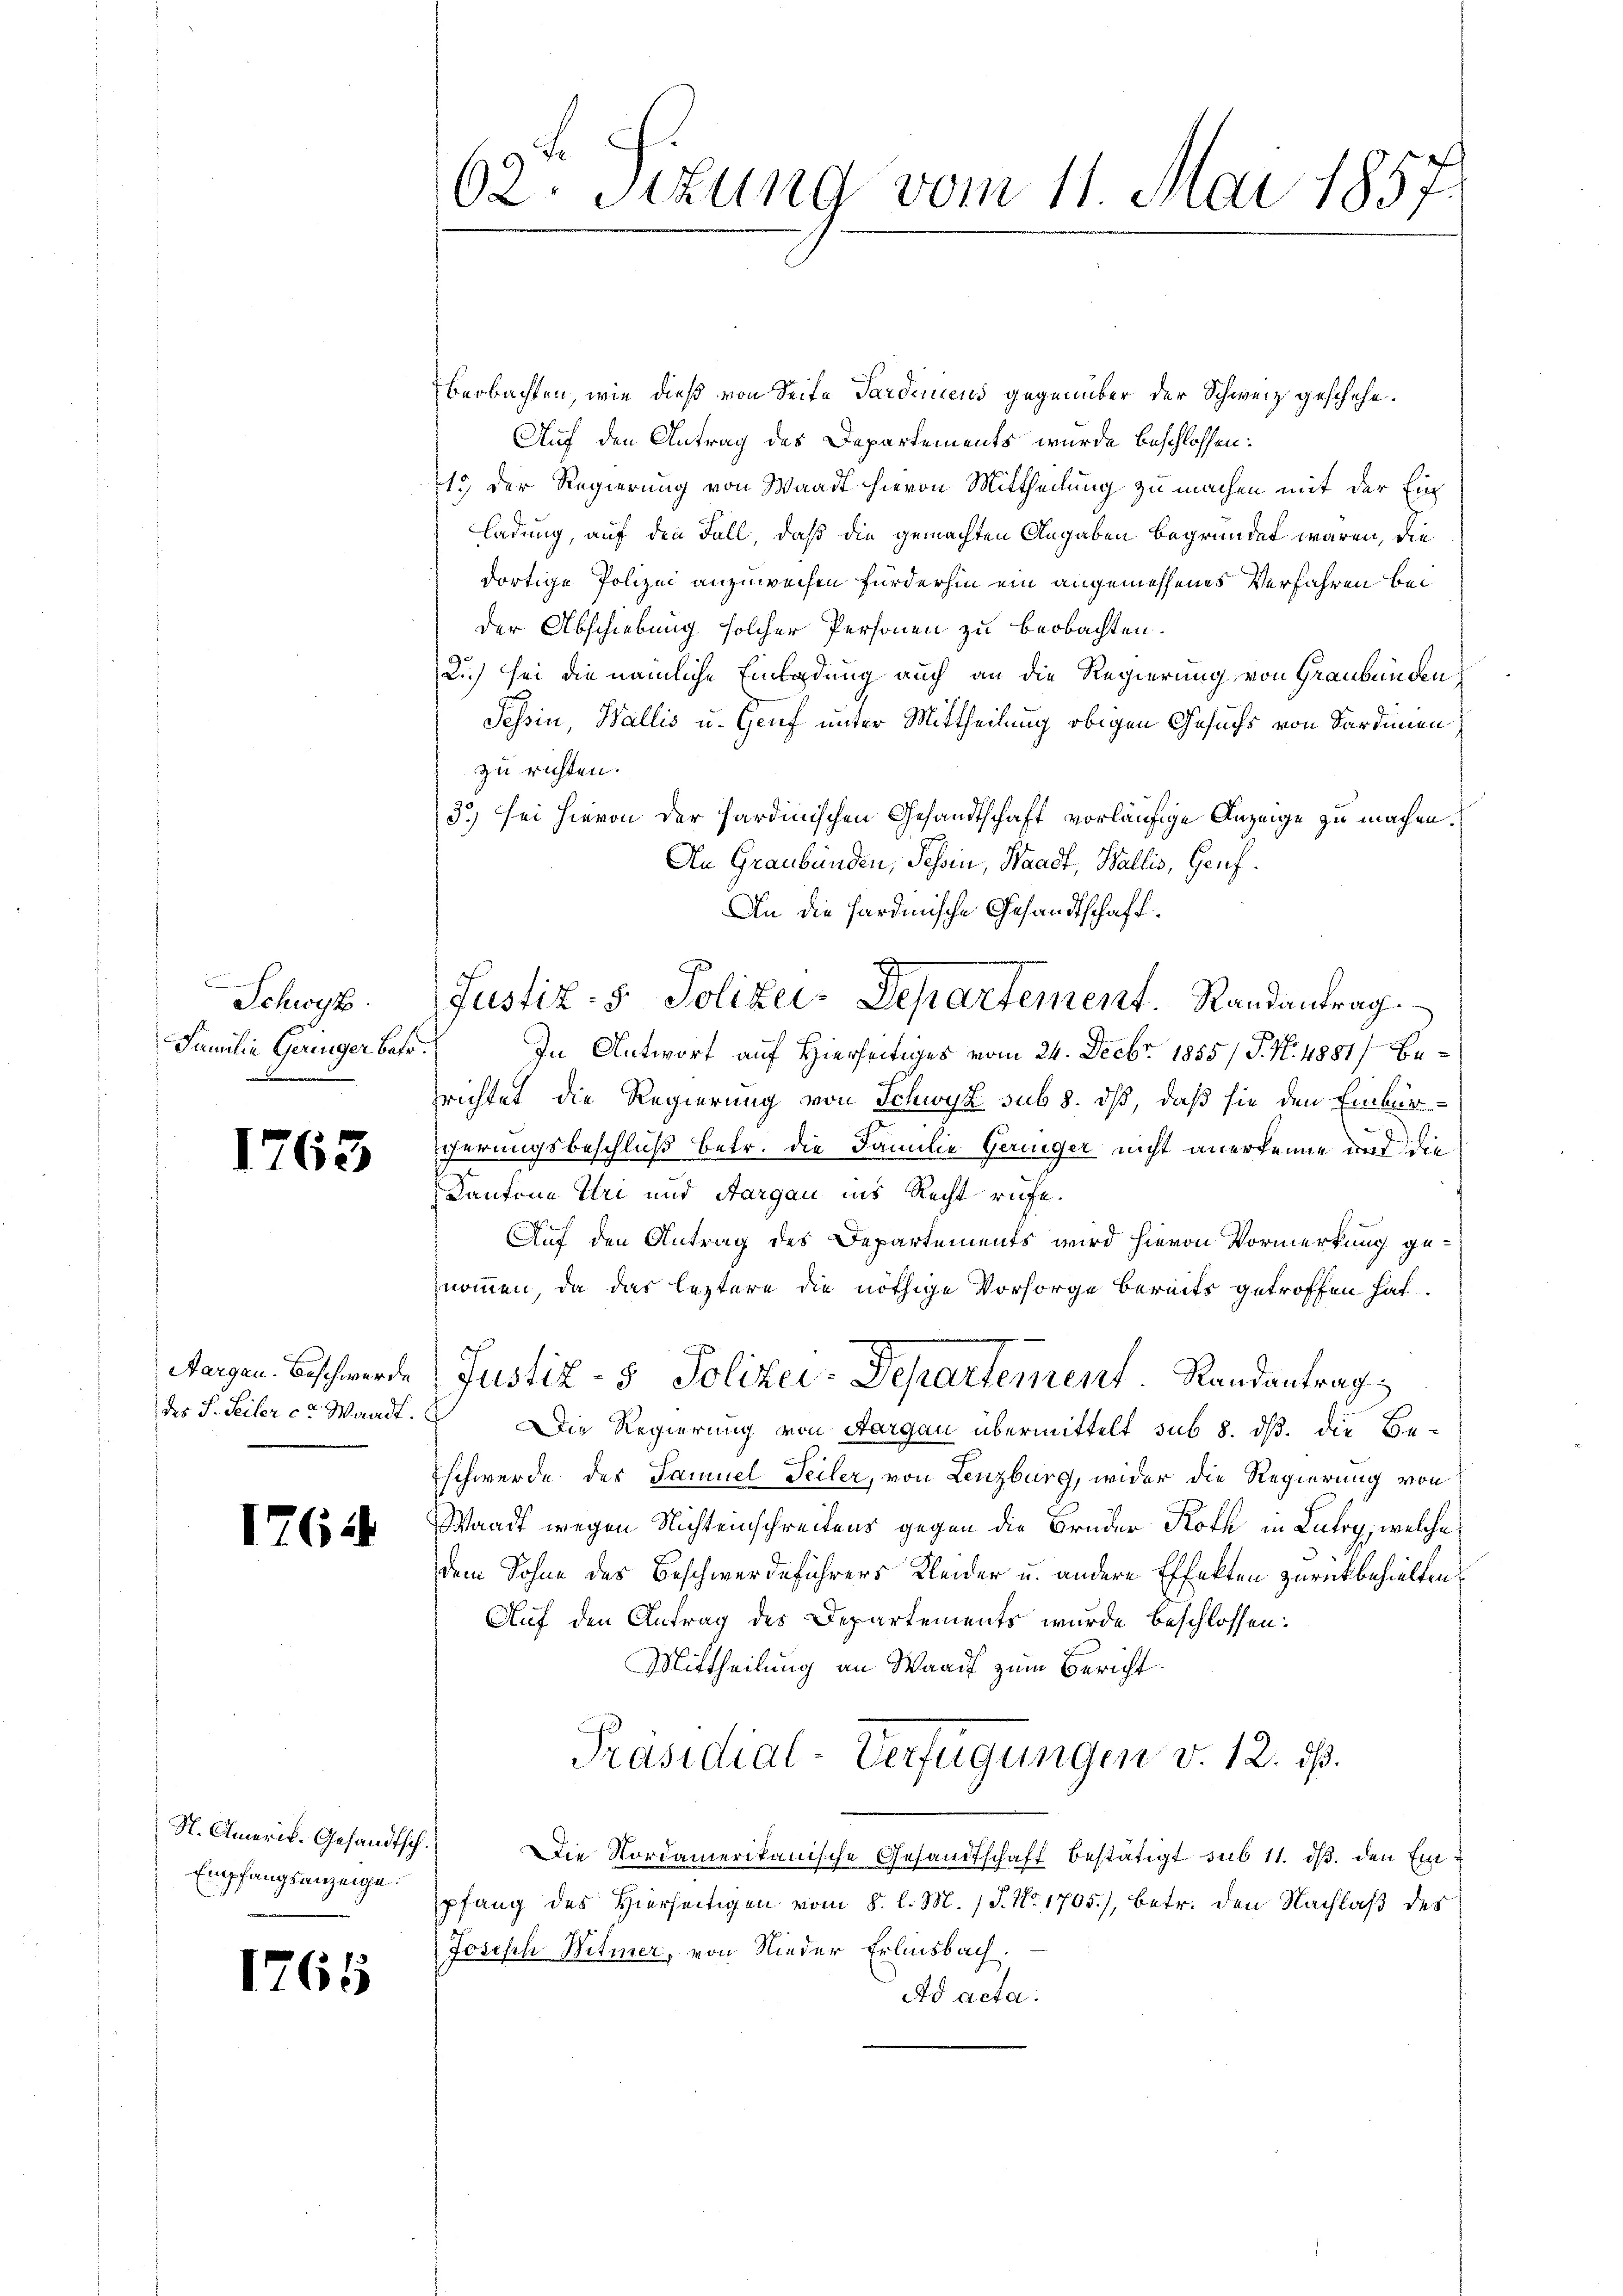
Schwyz.
Familie Geringer Betr.

1763

Aargau. Beschwerde
des S. Seiler ca. Waadt.

1761

1765

St. Amerik. Gesandtsch.
Empfangsanzeige.

62. Sizung vom 11. Mai 1857.

beobachten, wie dieß von Seite Pardiens gegenüber der Schweiz geschehe.
Auf den Antrag des Departements wurde beschlossen:
1.) Der Regierung von Waadt hievon Mittheilung zu machen mit der Einladung, auf den Fall, daß die gemachten Angaben begründet wären, die
dortige Polizei anzuweisen fürderhin ein angemessenes Verfahren bei
der Abschiebung solcher Personen zu beobachten.
L.) sei die nämliche Einladung auch an die Regierung von Graubünden
t
Tessin, Wallis u. Genf unter Mittheilung obigen Gesuchs von Sardinen
zu richten.
3) sei hievon der Hardinischen Gesandtschaft vorläufige Anzeige zu machen.
An Graubünden, Tessin, Waadt, Wallis, Genf.
An die Sardinische Gesandtschaft.
In Antwort auf Hierseitiges vom 24. Decbr. 1855/ P. Nr. 4881) berichtet die Regierung von Schwyz sub 8. dß, daß sie den Einbür-
cerungsbeschluß betr. die Familie Geringer nicht anerkenne und die
Kantone Uri und Aargau ins Recht rufe.
Auf den Antrag des Departements wird hievon Vormerkung genommen, da das leztere die nöthige Vorsorge bereits getroffen hat.
Justiz- & Polizei-Departement Randantrag
Die Regierung von Aargau übermittelt sub 8. ds. die Be-
Eschwerde des Samuel Teiler, von Lenzburg, wider die Regierung von
Waadt wegen Richtenschreitens gegen die Brüder Roth in Lutry, welche
dem Sohne des Beschwerdeführers Kleider u. andere Effekten zurückbehielten,
Auf den Antrag des Departements wurde beschlossen:
Mittheilung an Waadt zum Bericht.
Präsidial-Verfügungen v. 12. ds.
Die Nordamerikanische Gesandtschaft bestätigt sub 11. ds. den Einpfang des Hierseitigen vom 8. l. M. 18. No. 1705), betr. den Nachlaß des
Joseph Mitmer, von Nieder Erlinsbach.
Ad acta.

d
Justiz- & Polizei-Departement. Randantrag